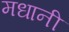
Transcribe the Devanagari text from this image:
मधानी